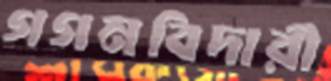
গগনবিদারী